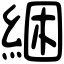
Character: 綑